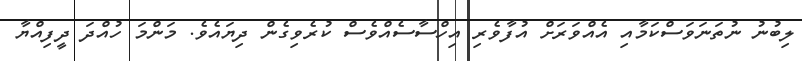
ލިބުނު ނުތަނަވަސްކަމާއި އެއްވަރަށް އުފާވެރި އިހްސާސެއްވެސް ކުރެވިގެން ދިޔައެވެ. މަންމަ ހުއްދަ ދީފިއްޔާ